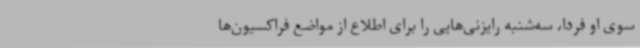
سوی او فردا، سه‌شنبه رایزنی‌هایی را برای اطلاع از مواضع فراکسیون‌ها